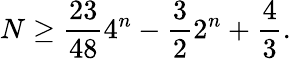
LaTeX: N\ge\frac{23}{48}4^{n}-\frac{3}{2}2^{n}+\frac{4}{3}.